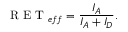
\mathrm { ~ R ~ E ~ T ~ } _ { e f f } = \frac { I _ { A } } { I _ { A } + I _ { D } } .